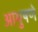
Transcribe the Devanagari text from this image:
आभुषणे